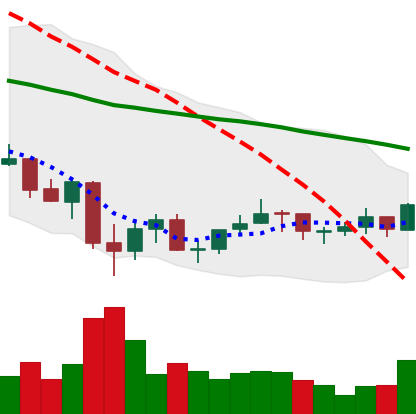
Ticker: LINK-USD
Chart end date: 2021-07-06
Forward return: -8.548%
Label: down_7plus